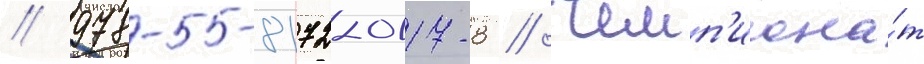
// 978-5-8172-0117-8 // Чемп'иона́т